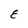
Character: E